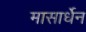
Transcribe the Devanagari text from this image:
मासार्धेन